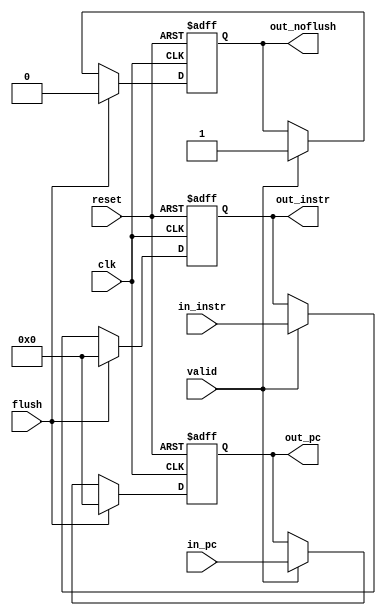
// This program was cloned from: https://github.com/suda-morris/blog
// License: GNU General Public License v3.0

module if_id (
  input         clk,
  input         reset,
  input  [31:0] in_instr,
  input  [31:0] in_pc,
  input         flush,
  input         valid,
  output [31:0] out_instr,
  output [31:0] out_pc,
  output        out_noflush
);

  reg [31:0] reg_instr;
  reg [31:0] reg_pc;
  reg        reg_noflush;

  assign out_instr = reg_instr;
  assign out_pc = reg_pc;
  assign out_noflush = reg_noflush;

  //
  always @(posedge clk or posedge reset) begin
    if (reset) begin
      reg_instr <= 32'h0;
    end else if (flush) begin
      reg_instr <= 32'h0;
    end else if (valid) begin
      reg_instr <= in_instr;
    end
  end

  //PC
  always @(posedge clk or posedge reset) begin
    if (reset) begin
      reg_pc <= 32'h0;
    end else if (flush) begin
      reg_pc <= 32'h0;
    end else if (valid) begin
      reg_pc <= in_pc;
    end
  end

  //
  always @(posedge clk or posedge reset) begin
    if (reset) begin
      reg_noflush <= 1'h0;
    end else if (flush) begin
      reg_noflush <= 1'h0;
    end else if (valid) begin
      reg_noflush <= 1'h1;
    end

  end

endmodule